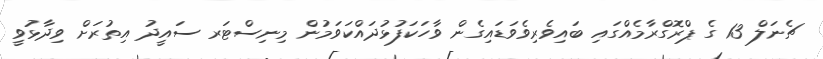
ޗެނަލް 13 ގެ ޕްރޮގްރާމެއްގައި ބައިވެރިވެވަޑައިގެން ވާހަކަފުޅުދައްކަވަމުން މިނިސްޓަރ ސައީދު އިތުރަށް ވިދާޅުވީ